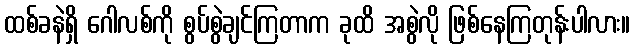
ထစ်ခနဲရှိ ဂေါလစ်ကို စွပ်စွဲချင်ကြတာက ခုထိ အစွဲလို ဖြစ်နေကြတုန်းပါလား။